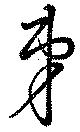
弟